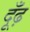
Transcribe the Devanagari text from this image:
दूँढ़